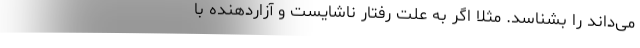
می‌داند را بشناسد. مثلاً اگر به علت رفتار ناشایست و آزاردهنده‌ با